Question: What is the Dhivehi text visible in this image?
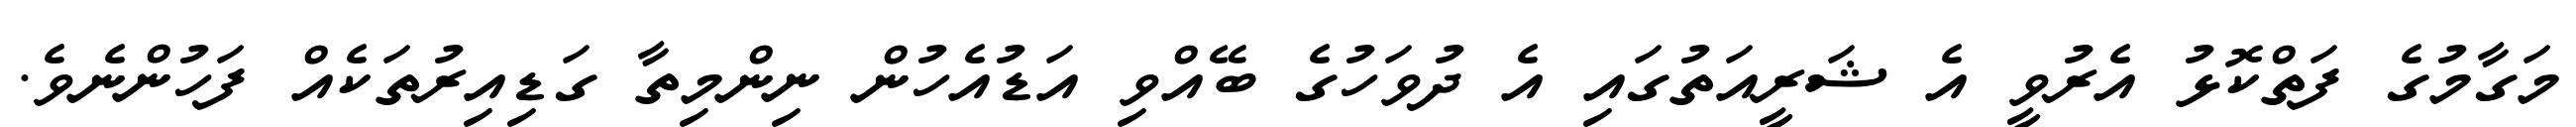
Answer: މަގާމުގެ ފަތްކޮޅު އެރުވީ އެ ޝަރީއަތުގައި އެ ދުވަހުގެ ބޭއްވި އަޑުއެހުން ނިންމިތާ ގަޑިއިރުތަކެއް ފަހުންނެވެ.